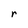
Character: r